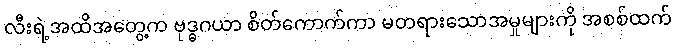
လီးရဲ့အထိအတွေ့က ဗုဒ္ဓဂယာ စိတ်ကောက်ကာ မတရားသောအမှုများကို အစစ်ထက်